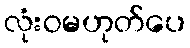
လုံးဝမဟုတ်ပေ